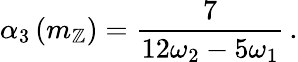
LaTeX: \alpha_{3}\left(m_{\mathbb{Z}}\right)=\frac{{7}}{{12\omega_{2}-5\omega_{1}}}\, .